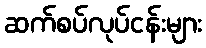
ဆက်စပ်လုပ်ငန်းများ